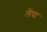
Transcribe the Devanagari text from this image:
लेंपा